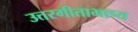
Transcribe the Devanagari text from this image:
उत्तरगीताभाष्य